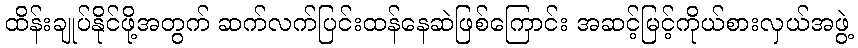
ထိန်းချုပ်နိုင်ဖို့အတွက် ဆက်လက်ပြင်းထန်နေဆဲဖြစ်ကြောင်း အဆင့်မြင့်ကိုယ်စားလှယ်အဖွဲ့